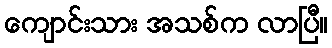
ကျောင်းသား အသစ်က လာပြီ။